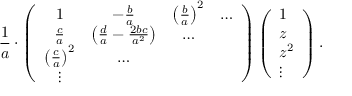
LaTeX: { \frac { 1 } { a } } \cdot \left( \begin{array} { c c c c } { { 1 } } & { { - { \frac { b } { a } } } } & { { \left( { \frac { b } { a } } \right) ^ { 2 } } } & { { \dots } } \\ { { { \frac { c } { a } } } } & { { \left( { \frac { d } { a } } - { \frac { 2 b c } { a ^ { 2 } } } \right) } } & { { \dots } } & { { } } \\ { { \left( { \frac { c } { a } } \right) ^ { 2 } } } & { { \dots } } & { { } } & { { } } \\ { { \vdots } } & { { } } & { { } } & { { } } \end{array} \right) \left( \begin{array} { l } { { 1 } } \\ { { z } } \\ { { { z } ^ { 2 } } } \\ { { \vdots } } \end{array} \right) .